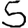
Digit: 5